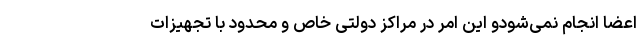
اعضا انجام نمی‌شودو این امر در مراکز دولتی خاص و محدود با تجهیزات